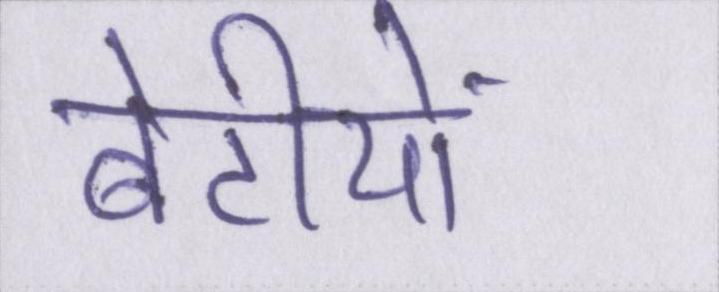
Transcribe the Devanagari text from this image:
बेटीयों